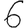
Digit: 6